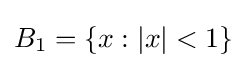
B_{1}=\{x:|x|<1\}